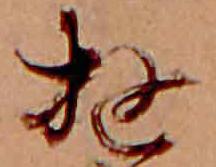
ゆ